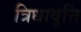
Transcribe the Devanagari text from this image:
त्रिधावृत्ति